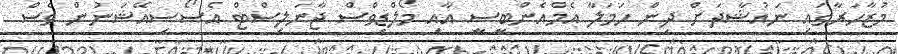
މުޒާހަރާގައި ނައުޝާދަށް ދިން ހަމަލާ އެމްއެންބީސީ އާއި މޯލްޑިވްސް ޖާނަލިސްޓް އެސޯސިއޭޝަނުން ވެސް